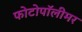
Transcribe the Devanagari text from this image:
फोटोपॉलीमर